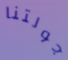
جولتنا